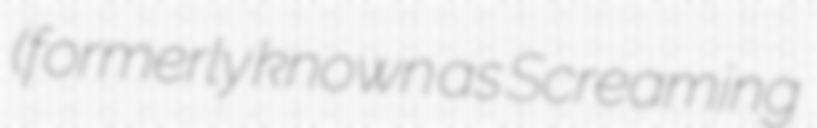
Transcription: (formerly known as Screaming